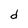
Character: d